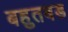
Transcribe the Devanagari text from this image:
बहुतबड